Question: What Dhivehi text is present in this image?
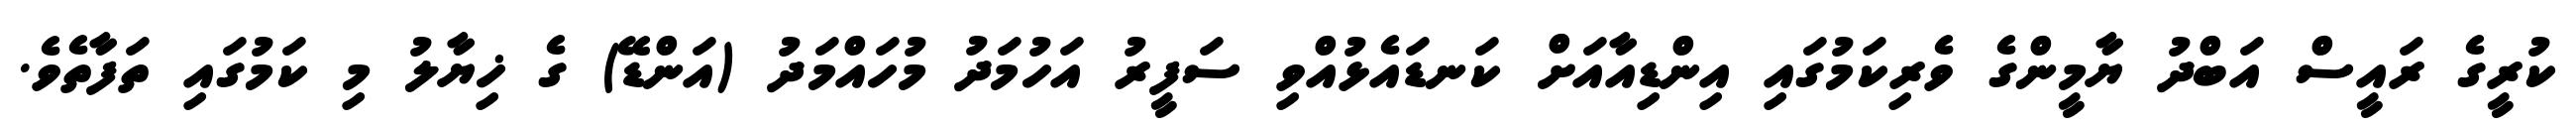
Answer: ކުރީގެ ރައީސް އަބްދު ޔާމީންގެ ވެރިކަމުގައި އިންޑިއާއަށް ކަނޑައެޅުއްވި ސަފީރު އަހުމަދު މުހައްމަދު (އަންޑޭ) ގެ ޚިޔާލު މި ކަމުގައި ތަފާތެވެ.